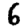
Digit: 6